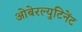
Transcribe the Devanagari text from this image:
ओबेरल्युटिनेंट